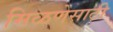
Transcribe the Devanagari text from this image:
मिळणेसाठी